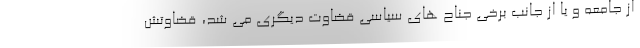
از جامعه و یا از جانب برخی جناح های سیاسی قضاوت دیگری می شد، قضاوتش